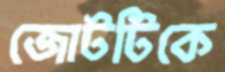
জোটটিকে